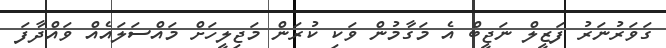
ގަވަރުނަރު ފަޒީލް ނަޖީބް އެ މަގާމުން ވަކި ކުރަން މަޖިލީހަށް މައްސަލައެއް ވައްދާފަ